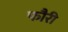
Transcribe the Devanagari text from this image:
फौरी